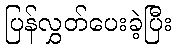
ပြန်လွှတ်ပေးခဲ့ပြီး